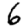
Digit: 6